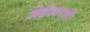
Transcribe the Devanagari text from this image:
जेईआरसी